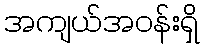
အကျယ်အဝန်းရှိ